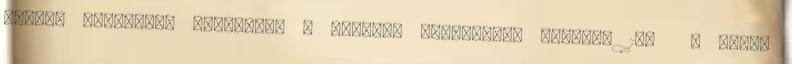
hozott radikális változást a korábbi anyagokhoz képest. 146 A lemez